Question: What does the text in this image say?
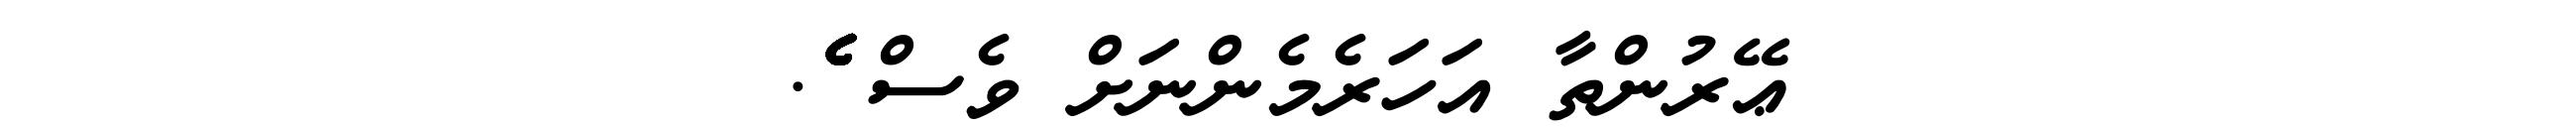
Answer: ޢޭރުންތާ އަހަރެމެންނަށް ވެސް ެެެެެެެެެެެެެެެެެެެެެެެެެެެެެެެެެެެެެެެެެެެެެެެެެެެެެެެެެެެެެެެެެެެެެެެެ.